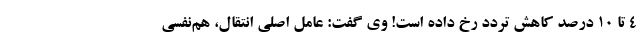
4 تا 10 درصد کاهش تردد رخ داده است! وی گفت: عامل اصلی انتقال، هم‌نفسی